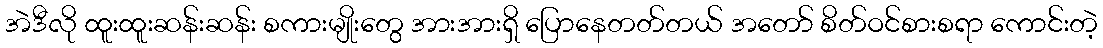
အဲဒီလို ထူးထူးဆန်းဆန်း စကားမျိုးတွေ အားအားရှိ ပြောနေတတ်တယ် အတော် စိတ်ဝင်စားစရာ ကောင်းတဲ့